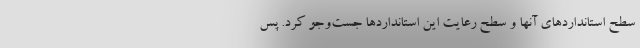
سطح استانداردهاي آنها و سطح رعايت اين استانداردها جست‌وجو كرد. پس